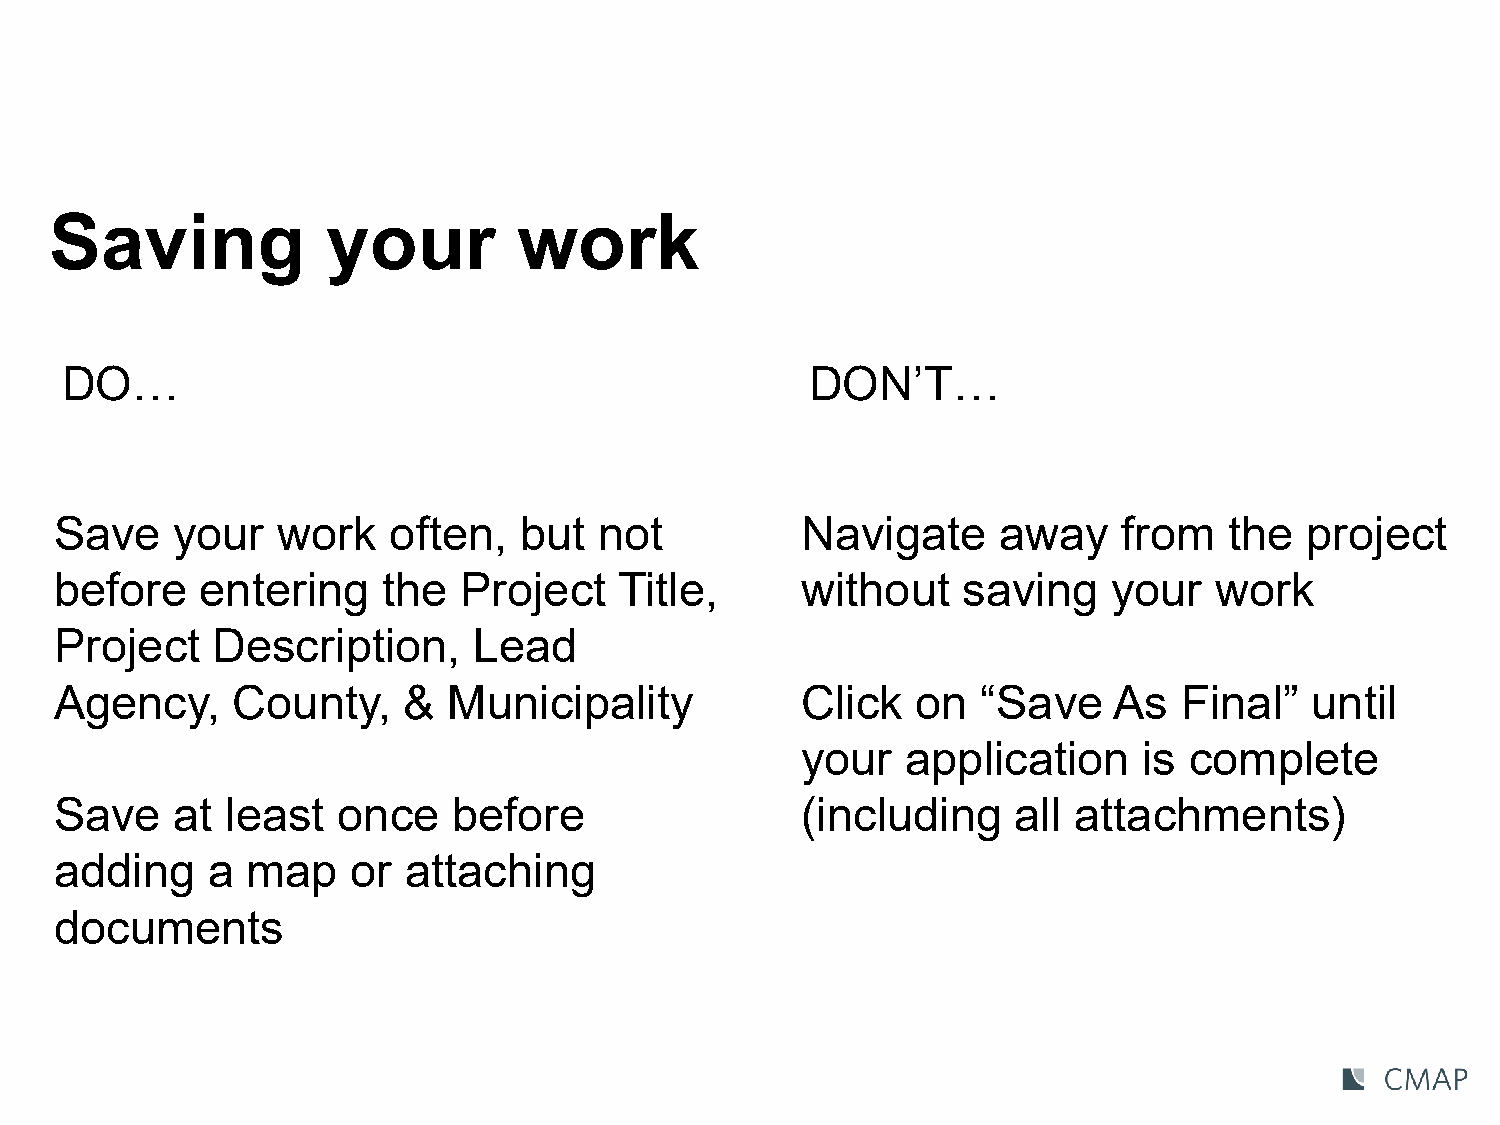
Saving             your        work
 DO…                                               DON’T…
 Save   your   work    often,  but   not          Navigate     away    from   the  project
 before   entering    the  Project    Title,      without    saving    your  work
 Project   Description,     Lead
 Agency,    County,     &  Municipality           Click   on  “Save    As  Final”   until
 your   application     is complete
 Save   at  least  once    before                 (including    all attachments)
 adding    a map    or  attaching
 documents